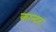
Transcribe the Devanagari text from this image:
कान्टर